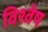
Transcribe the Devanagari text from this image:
विश्वेष